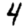
Digit: 4